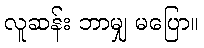
လူဆန်း ဘာမျှ မပြော။